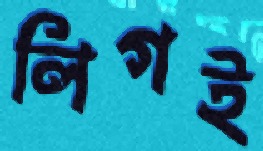
লিগই